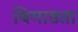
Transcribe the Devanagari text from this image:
बिगाडता